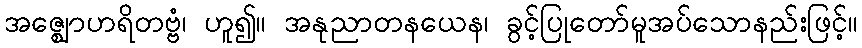
အဇ္ဈောဟရိတဗ္ဗံ၊ ဟူ၍။ အနုညာတနယေန၊ ခွင့်ပြုတော်မူအပ်သောနည်းဖြင့်။